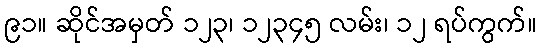
၉၁။ ဆိုင်အမှတ် ၁၂၃၊ ၁၂၃၄၅ လမ်း၊ ၁၂ ရပ်ကွက်။